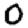
Digit: 0